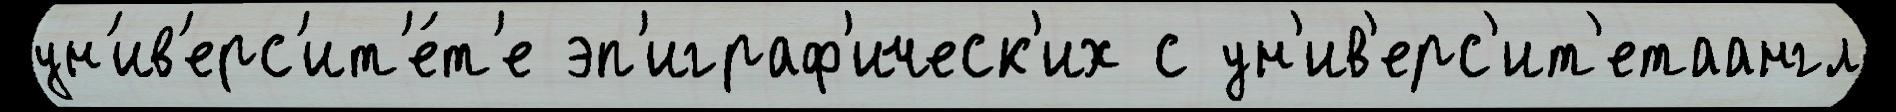
ун'ив'ерс'ит'е́т'е эп'играф'ическ'их с ун'ив'ерс'ит'етаангл